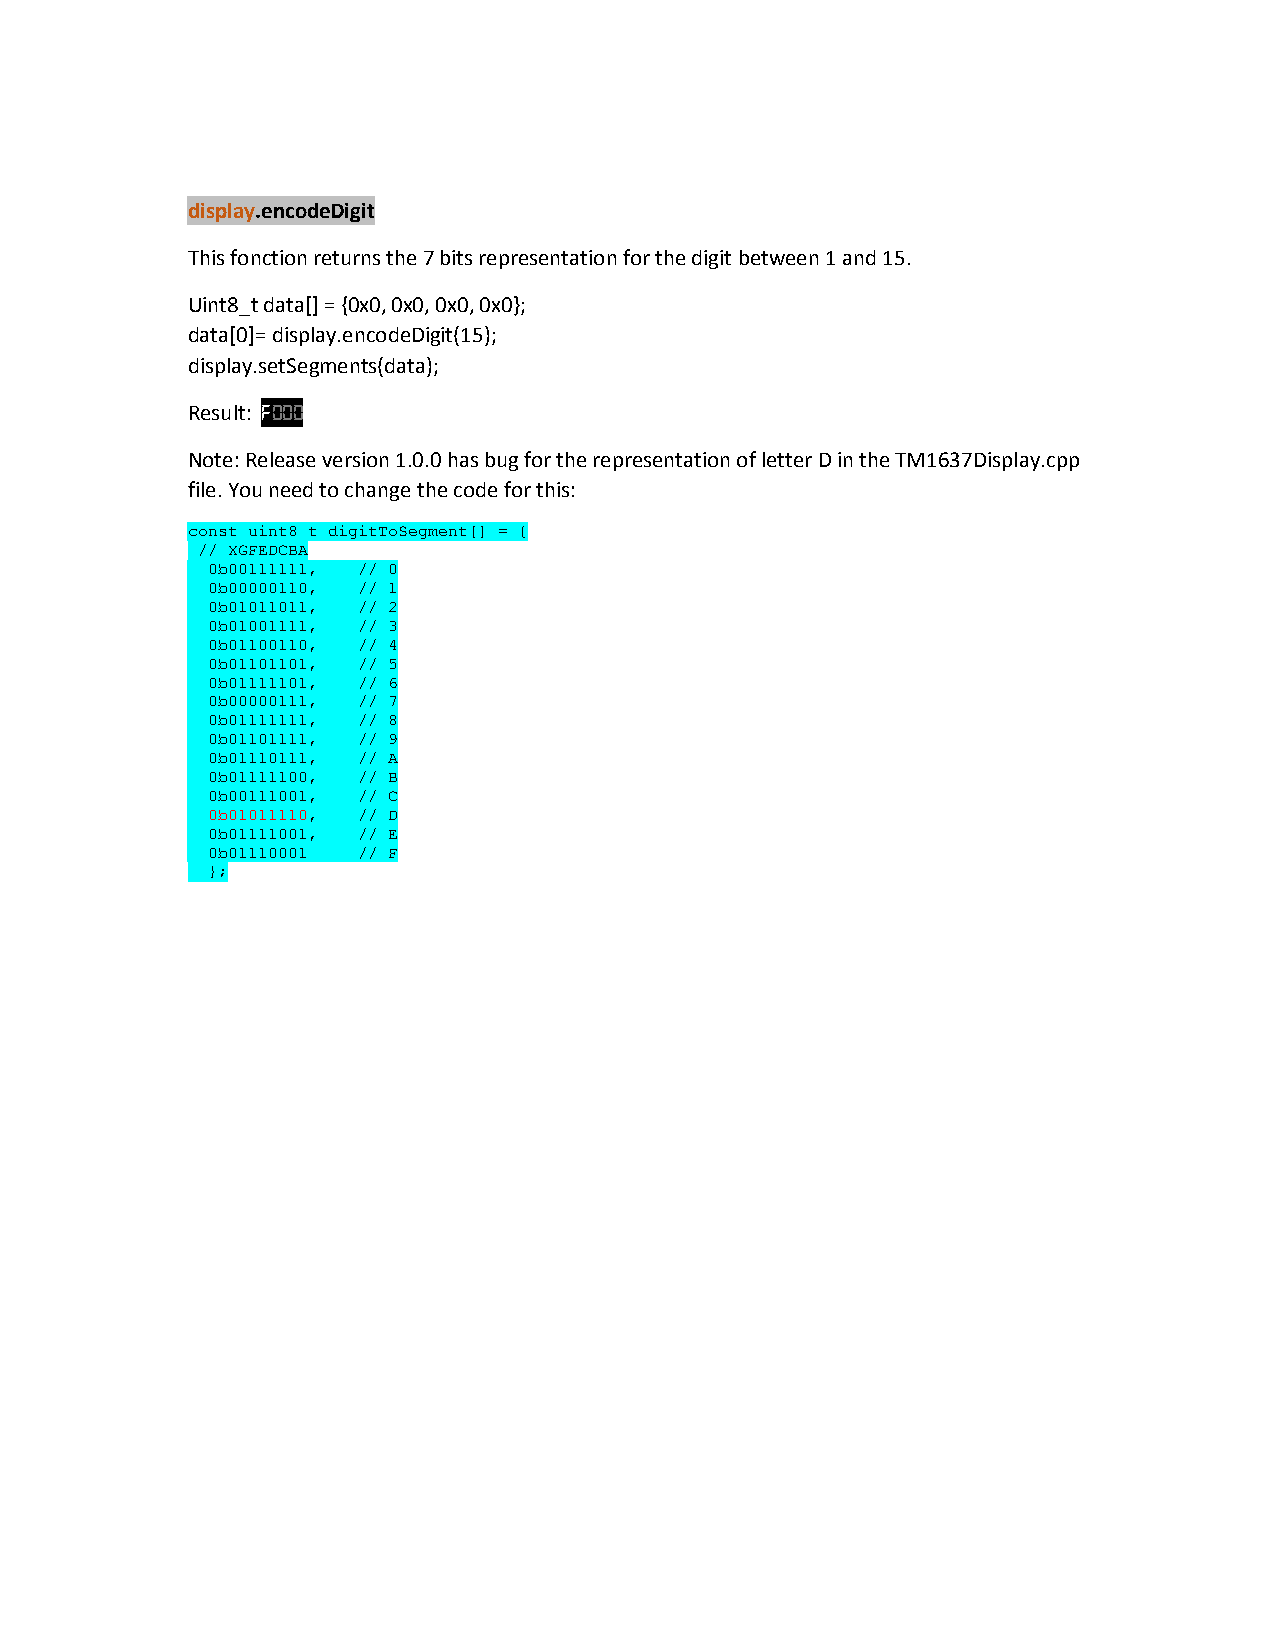
display.encodeDigit
 This fonction returns the 7 bits representation for the digit between 1 and 15.
 Uint8_t data[] = {0x0, 0x0, 0x0, 0x0};
 data[0]= display.encodeDigit(15);
 display.setSegments(data);
 Result: F000
 Note: Release version 1.0.0 has bug for the representation of letter D in the TM1637Display.cpp
 file. You need to change the code for this:
 const uint8_t digitToSegment[] = {
 // XGFEDCBA
 0b00111111, // 0
 0b00000110, // 1
 0b01011011, // 2
 0b01001111, // 3
 0b01100110, // 4
 0b01101101, // 5
 0b01111101, // 6
 0b00000111, // 7
 0b01111111, // 8
 0b01101111, // 9
 0b01110111, // A
 0b01111100, // B
 0b00111001, // C
 0b01011110, // D
 0b01111001, // E
 0b01110001 // F
 };